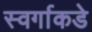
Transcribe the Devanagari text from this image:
स्वर्गाकडे